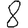
Digit: 8